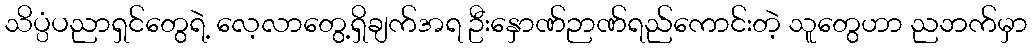
သိပ္ပံပညာရှင်တွေရဲ့ လေ့လာတွေ့ရှိချက်အရ ဦးနှောဏ်ဉာဏ်ရည်ကောင်းတဲ့ သူတွေဟာ ညဘက်မှာ